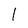
Character: 1